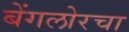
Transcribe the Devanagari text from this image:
बेंगलोरचा